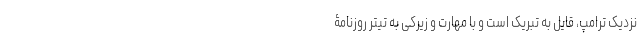
نزدیک ترامپ، قایل به تبریک است و با مهارت و زیرکی به تیتر روزنامۀ